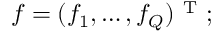
f = ( f _ { 1 } , \dots , f _ { Q } ) ^ { \mathrm { ~ T ~ } } ;